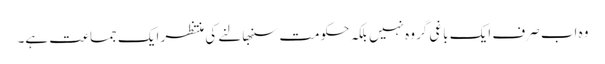
وہ اب صرف ایک باغی گروہ نہیں بلکہ حکومت سنبھالنے کی منتظر ایک جماعت ہے۔